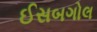
ઈસબગોલ